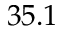
3 5 . 1